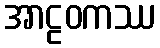
အာဠဝကဿ